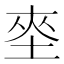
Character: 𱖪